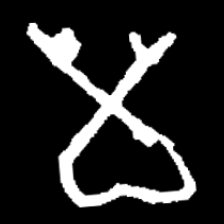
Pyu character \u2014 Myanmar letter: မ (romanized: ma)